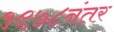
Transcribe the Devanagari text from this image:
१९७८नंतर